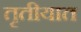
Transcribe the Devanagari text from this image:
तृतीयात